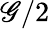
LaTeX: \mathscr{G}/2